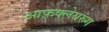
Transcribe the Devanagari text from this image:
आफ़क्लेयरुंग